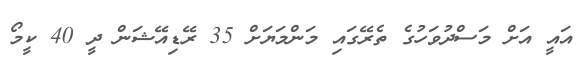
އައީ އަށް މަސްދުވަހުގެ ތެރޭގައި މަންމަޔަށް 35 ރޭޑިއޭޝަން ދީ 40 ކީމޯ